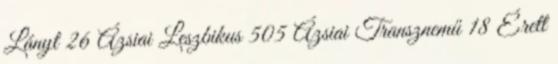
Lányt 26 Ázsiai Leszbikus 505 Ázsiai Transznemű 18 Érett